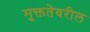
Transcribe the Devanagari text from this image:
मुक्ततेवरील